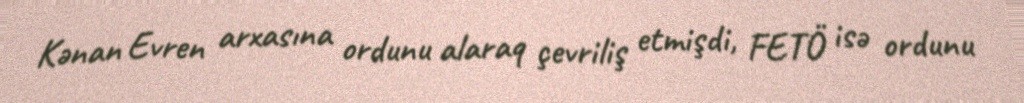
Kənan Evren arxasına ordunu alaraq çevriliş etmişdi, FETÖ isə ordunu